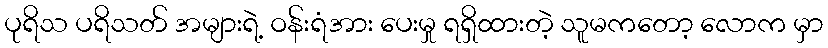
ပုရိသ ပရိသတ် အများရဲ့ ဝန်းရံအား ပေးမှု ရရှိထားတဲ့ သူမကတော့ လောက မှာ